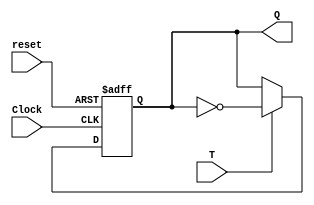
module flipflopT(T,Clock,reset,Q);
	input T,reset,Clock;
	output reg Q;
	always@(negedge reset or posedge Clock)
	begin
		if(!reset)
			Q <= 0;
		else
		begin
			if(T)
				Q <= ~Q;
			else
				Q <= Q;
		end
	end
endmodule

module q5(Clock,reset,x,Q);
	input Clock,reset,x;
        output [3:0]Q;
        wire g,h,i;
        assign g = (~Q[2]&~Q[1]&~Q[0]&~x)|(Q[2]&Q[1]&Q[0]&x);
        assign h = (~Q[1]&~Q[0]&~x)|(Q[1]&Q[0]&x);
        assign i = (~Q[0]&~x)|(Q[0]&x);
        flipflopT stage0(g,Clock,reset,Q[3]);
        flipflopT stage1(h,Clock,reset,Q[2]);
        flipflopT stage2(i,Clock,reset,Q[1]);
        flipflopT stage3(1'b1,Clock,reset,Q[0]);
endmodule